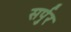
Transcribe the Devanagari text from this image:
सर्पुर